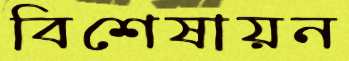
বিশেষায়ন